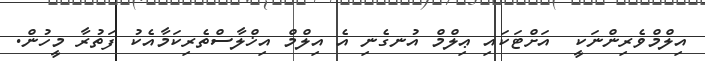
އިލްމްވެރިންނަކީ  އަށްޓަކައި ޢިލްމް އުނގެނި އެ އިލްމް އިޚްލާސްތެރިކަމާއެކު ފަތުރާ މީހުން.